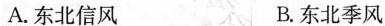
A.东北信风 B.东北季风